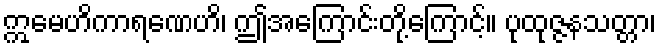
ဣမေဟိကာရဏေဟိ၊ ဤအကြောင်းတို့ကြောင့်။ ပုထုဇ္ဇနသတ္တာ၊